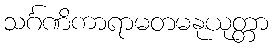
သင်္ဂဏိကာရာမတမနုယုတ္တာ